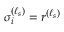
\sigma _ { i } ^ { ( \ell _ { s } ) } = r ^ { ( \ell _ { s } ) }